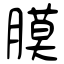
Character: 膜